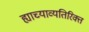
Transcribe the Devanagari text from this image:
ह्याच्याव्यतिरिक्त